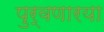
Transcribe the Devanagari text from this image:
पुर्वणारया